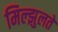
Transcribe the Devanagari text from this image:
मिल्झुलते